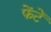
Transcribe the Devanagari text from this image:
फेंटें